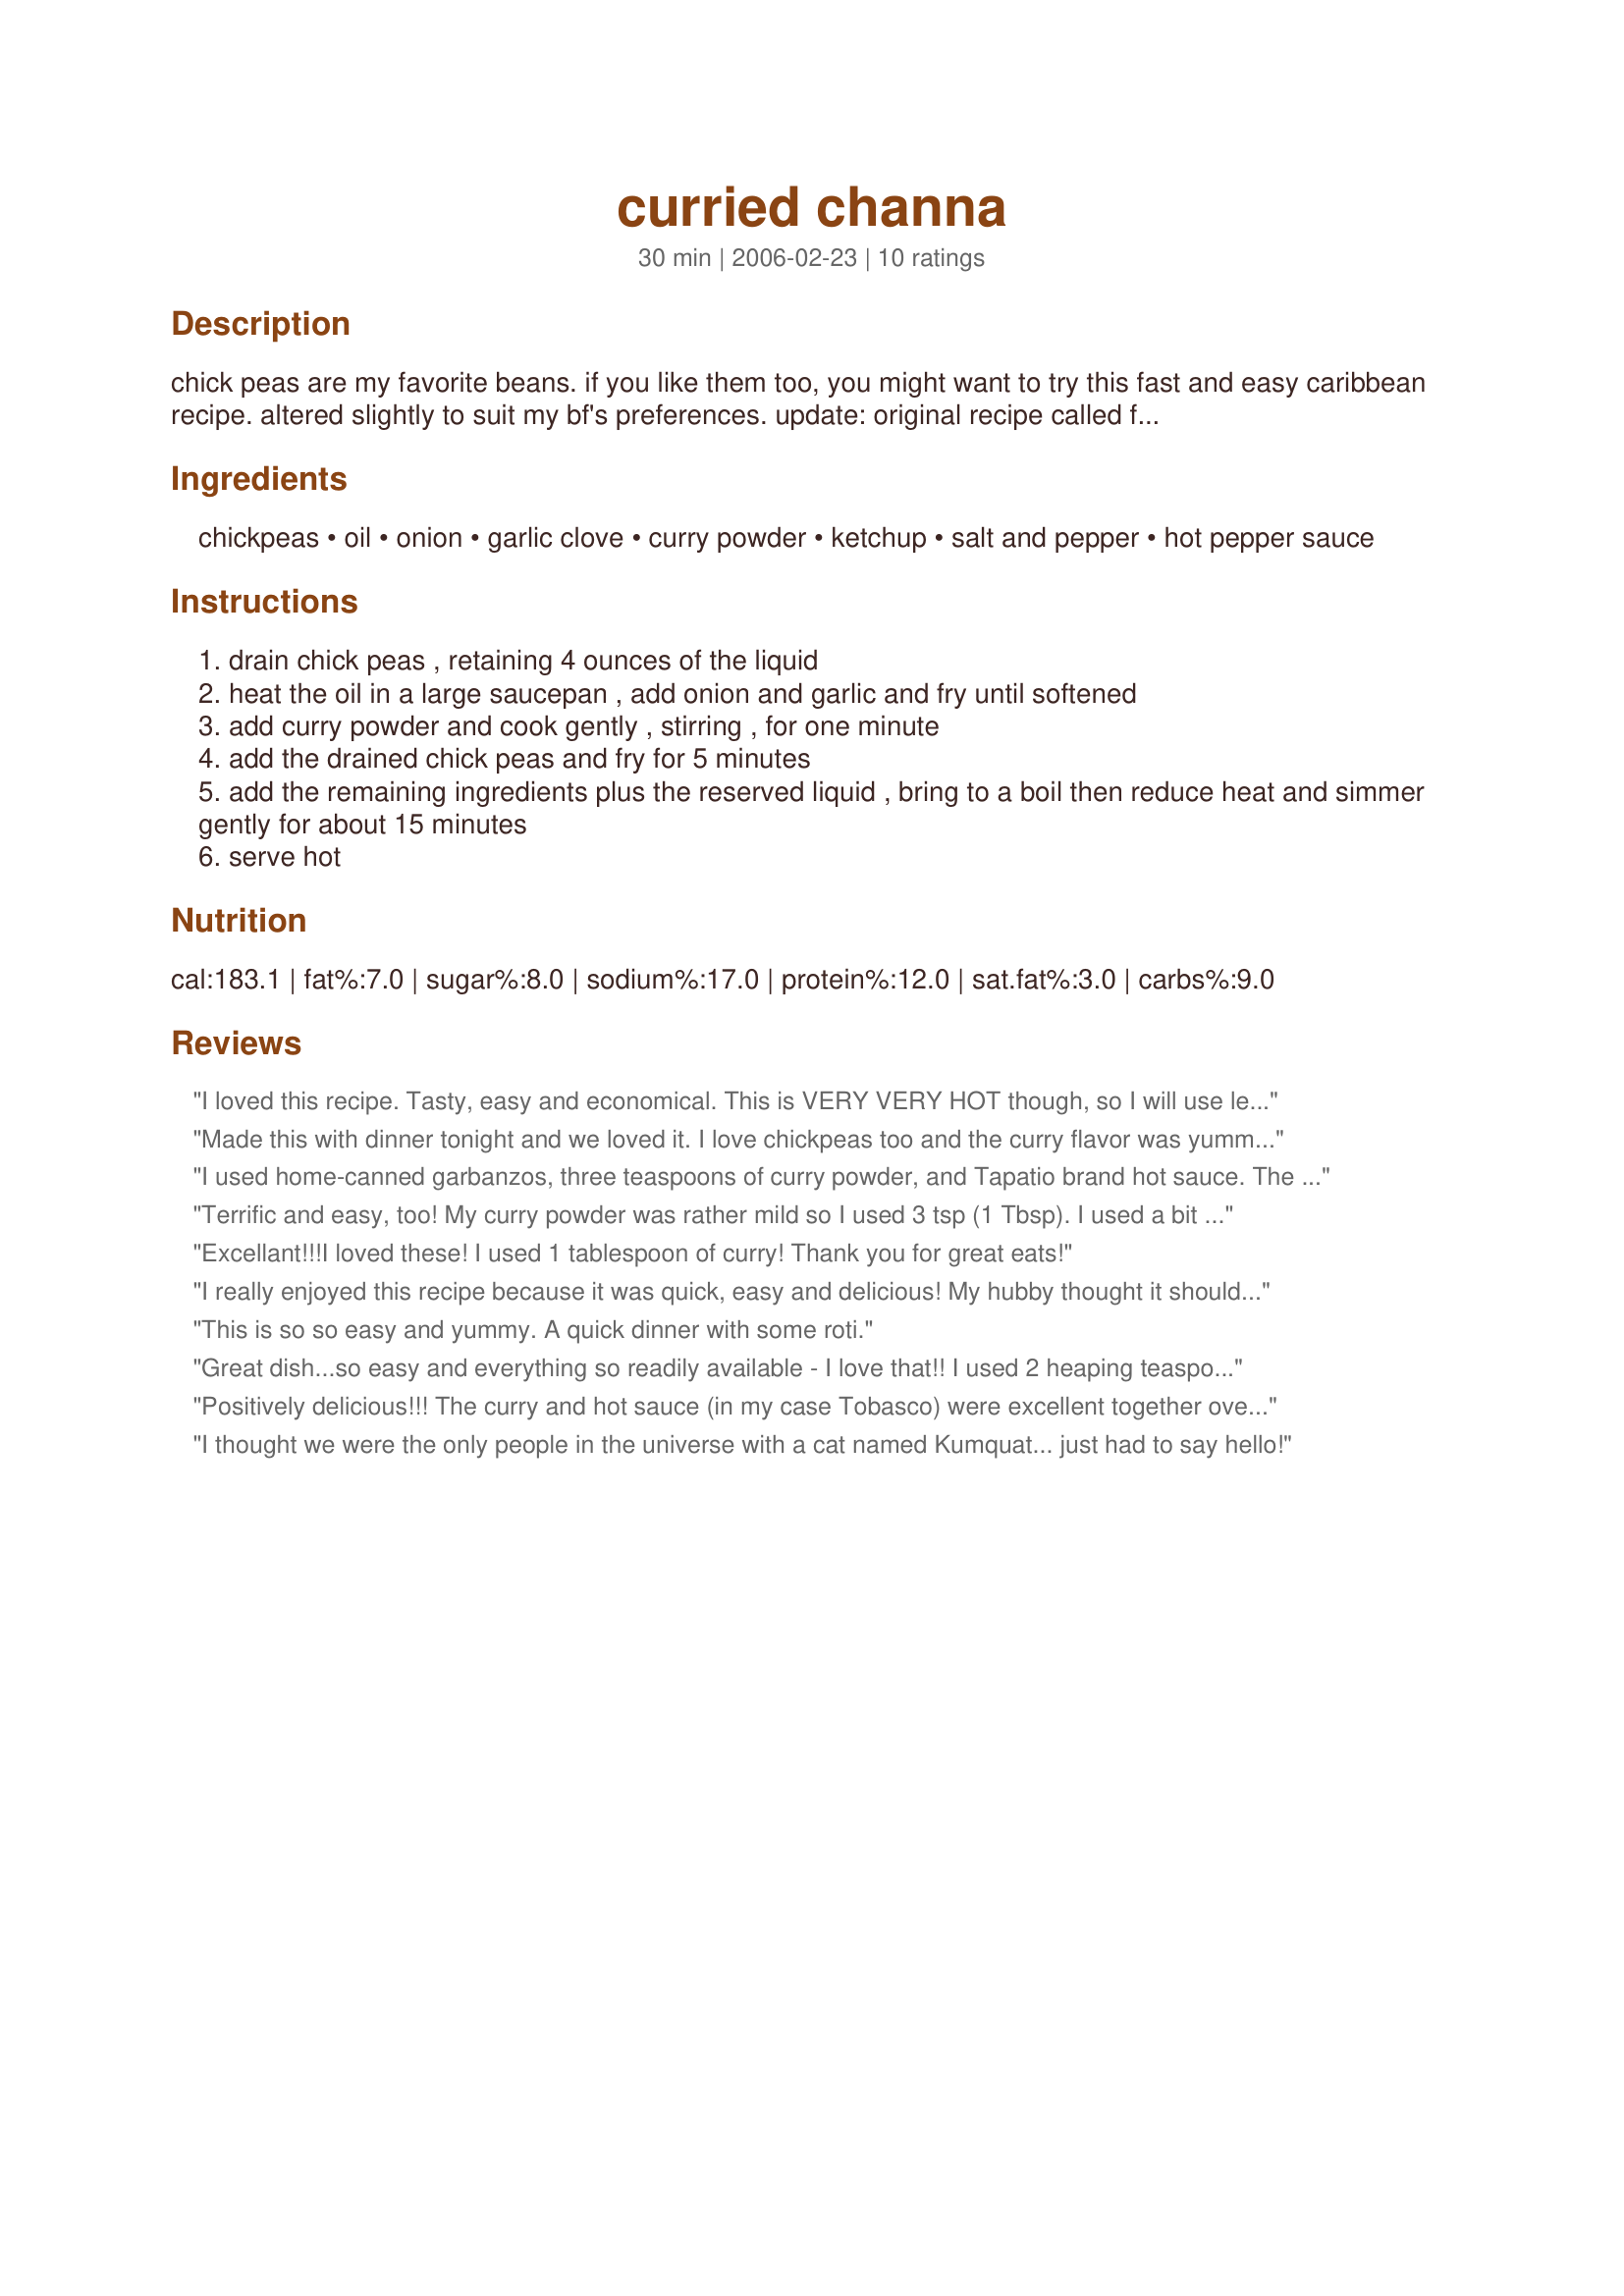
curried channa
Preparation time: 30 minutes

chick peas are my favorite beans. if you like them too, you might want to try this fast and easy caribbean recipe. altered slightly to suit my bf's preferences. update: original recipe called for 2 tablespoons curry powder. i reduced that to 1 tablespoon but suggest that you add 1-3 teaspoons more, according to taste. due to a reviewer's comment i also suggest that you add hot sauce to taste. this is very flavorful and easy to make, i think you will like it. ketchup adds a certain measure of sweetness.

Ingredients:
chickpeas, oil, onion, garlic clove, curry powder, ketchup, salt and pepper, hot pepper sauce

Steps:
drain chick peas , retaining 4 ounces of the liquid
heat the oil in a large saucepan , add onion and garlic and fry until softened
add curry powder and cook gently , stirring , for one minute
add the drained chick peas and fry for 5 minutes
add the remaining ingredients plus the reserved liquid , bring to a boil then reduce heat and simmer gently for about 15 minutes
serve hot

Reviews:
I loved this recipe. Tasty, easy and economical. This is VERY VERY HOT though, so I will use less hot sauce next time.
Made this with dinner tonight and we loved it. I love chickpeas too and the curry flavor was yummy. Definitely a keeper, thanks! Made this for ZWT3.
I used home-canned garbanzos, three teaspoons of curry powder, and Tapatio brand hot sauce. The ketchup seems weird but it totally works. This recipe is so easy I found myself wondering, "Is that it?" That's it! Great combination of textures and flavors. Thanks for a classic, Kumquat the Cat's Friend.
Terrific and easy, too! My curry powder was rather mild so I used 3 tsp (1 Tbsp). I used a bit less than 1 tsp of hot sauce. This is sooooo good, I will have to double the recipe from now on. Thanx!
Excellant!!!I loved these! I used 1 tablespoon of curry! Thank you for great eats!
I really enjoyed this recipe because it was quick, easy and delicious! My hubby thought it should have three stars so this review meets in the middle. We ate ours with cornbread but I can imagine this would would FANTASTIC with naan bread! Made for ZWT5 Family Picks.
This is so so easy and yummy. A quick dinner with some roti.
Great dish...so easy and everything so readily available - I love that!! I used 2 heaping teaspoons of the curry and a fantastically hot verde pepper sauce to add my heat. I really liked the addition of the ketchup...now that's something I rarely cook with and here it does lend a wonderful syrupy sweetness that helps to pull all the sweet heat together with the wonderful buttery nutty beans. Lovely, simple, sweet and spicy dish, next time I will double the amounts because tonight I ate about half of it by myself in a sitting (!!) - THANKS Kumquat the Cat's friend, this is another winner!!
Positively delicious!!! The curry and hot sauce (in my case Tobasco) were excellent together over the chickpeas. The ketchup gave a sweet tanginess to the dish. Quick to prepare, plan to do it again soon. Made for ZWT5.
I thought we were the only people in the universe with a cat named Kumquat... just had to say hello!
